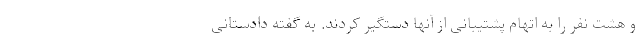
و هشت نفر را به اتهام پشتیبانی از آنها دستگیر کردند. به گفته دادستانی